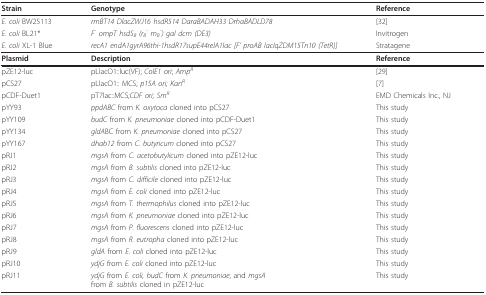
<table><thead><tr><td><b>Strain</b></td><td><b>Genotype</b></td><td><b>Reference</b></td></tr></thead><tbody><tr><td><i>E. coli </i>BW25113</td><td><i>rrnBT14 DlacZWJ16 hsdR514 DaraBADAH33 DrhaBADLD78</i></td><td>[32]</td></tr><tr><td><i>E. coli </i>BL21*</td><td><i>F<sup>- </sup>ompT hsdS<sub>B </sub>(r<sub>B</sub><sup>- </sup>m<sub>B</sub><sup>-</sup>) gal dcm (DE3)</i></td><td>Invitrogen</td></tr><tr><td><i>E. coli </i>XL-1 Blue</td><td><i>recA1 endA1gyrA96thi-1hsdR17supE44relA1lac [F&#x27; proAB lacIqZDM15Tn10 (TetR)]</i></td><td>Stratagene</td></tr><tr><td><b>Plasmid</b></td><td><b>Description</b></td><td><b>Reference</b></td></tr><tr><td>pZE12-luc</td><td>pLlacO1::luc(VF); <i>ColE1 ori</i>; <i>Amp<sup>R</sup></i></td><td>[29]</td></tr><tr><td>pCS27</td><td>pLlacO1:: MCS; <i>p15A ori; Kan<sup>R</sup></i></td><td>[7]</td></tr><tr><td>pCDF-Duet1</td><td>pT7lac::MCS;<i>CDF ori; Sm<sup>R </sup></i></td><td>EMD Chemicals Inc., NJ</td></tr><tr><td>pYY93</td><td><i>ppdABC </i>from <i>K. oxytoca </i>cloned into pCS27</td><td>This study</td></tr><tr><td>pYY109</td><td><i>budC </i>from <i>K. pneumoniae </i>cloned into pCDF-Duet1</td><td>This study</td></tr><tr><td>pYY134</td><td><i>gldA</i>BC from <i>K. pneumoniae </i>cloned into pCS27</td><td>This study</td></tr><tr><td>pYY167</td><td><i>dhab12 </i>from <i>C. butyricum </i>cloned into pCS27</td><td>This study</td></tr><tr><td>pRJ1</td><td><i>mgsA </i>from <i>C. acetobutylicum </i>cloned into pZE12-luc</td><td>This study</td></tr><tr><td>pRJ2</td><td><i>mgsA </i>from <i>B. subtilis </i>cloned into pZE12-luc</td><td>This study</td></tr><tr><td>pRJ3</td><td><i>mgsA </i>from <i>C. difficile </i>cloned into pZE12-luc</td><td>This study</td></tr><tr><td>pRJ4</td><td><i>mgsA </i>from <i>E. coli </i>cloned into pZE12-luc</td><td>This study</td></tr><tr><td>pRJ5</td><td><i>mgsA </i>from <i>T. thermophilus </i>cloned into pZE12-luc</td><td>This study</td></tr><tr><td>pRJ6</td><td><i>mgsA </i>from <i>K. pneumoniae </i>cloned into pZE12-luc</td><td>This study</td></tr><tr><td>pRJ7</td><td><i>mgsA </i>from <i>P. fluorescens </i>cloned into pZE12-luc</td><td>This study</td></tr><tr><td>pRJ8</td><td><i>mgsA </i>from <i>R. eutropha </i>cloned into pZE12-luc</td><td>This study</td></tr><tr><td>pRJ9</td><td><i>gldA </i>from <i>E. coli </i>cloned into pZE12-luc</td><td>This study</td></tr><tr><td>pRJ10</td><td><i>ydjG </i>from <i>E. coli </i>cloned into pZE12-luc</td><td>This study</td></tr><tr><td>pRJ11</td><td><i>ydjG </i>from <i>E. coli, budC </i>from <i>K. pneumoniae</i>, and <i>mgsA</i>from <i>B. subtilis </i>cloned in pZE12-luc</td><td>This study</td></tr></tbody></table>